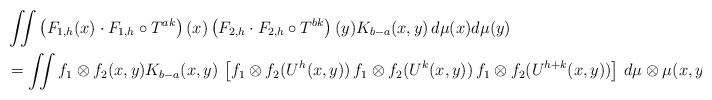
LaTeX: \begin{align*}&\iint \left(F_{1, h}(x) \cdot F_{1, h} \circ T^{ak} \right)(x)\left(F_{2, h} \cdot F_{2, h} \circ T^{bk} \right)(y) K_{b-a}(x, y)\, d\mu(x) d\mu(y) \\&= \iint f_1 \otimes f_2(x, y) K_{b-a}(x, y)\, \left[ {f_1 \otimes f_2} (U^h(x, y)) \, {f_1 \otimes f_2}(U^k(x, y)) \, f_1 \otimes f_2(U^{h+k}(x, y)) \right]\,d\mu \otimes \mu(x, y),\end{align*}